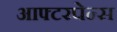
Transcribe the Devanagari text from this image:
आफ्टरपेन्स